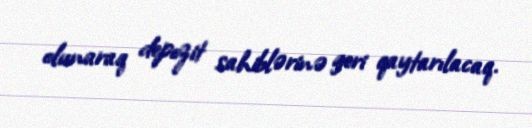
olunaraq depozit sahiblərinə geri qaytarılacaq.